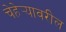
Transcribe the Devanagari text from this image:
चेहेर्‍यावरील